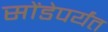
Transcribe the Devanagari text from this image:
सोंडेपर्यंत